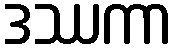
ဒဿကာ